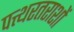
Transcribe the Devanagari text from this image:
पत्थरतराशों